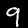
Label: 9